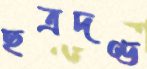
ছত্রদণ্ড